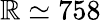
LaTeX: \mathbb{R}\simeq758